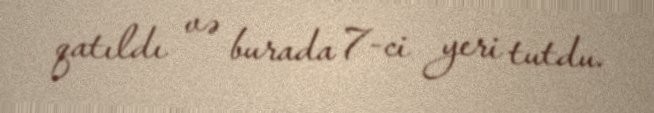
qatıldı və burada 7-ci yeri tutdu.